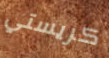
كريستي